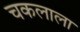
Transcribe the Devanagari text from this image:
चकलाला